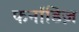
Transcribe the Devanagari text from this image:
फर्नांडिज़